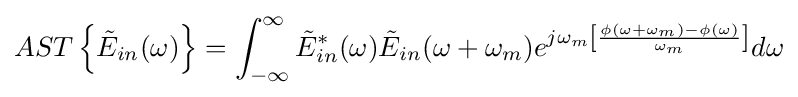
AST\left\{{\tilde {E}}_{in}(\omega )\right\}=\int _{-\infty }^{\infty }{{\tilde {E}}_{in}^{*}(\omega ){\tilde {E}}_{in}(\omega +\omega _{m})e^{j\omega _{m}\left[{\frac {\phi (\omega +\omega _{m})-\phi (\omega )}{\omega _{m}}}\right]}d\omega }